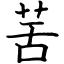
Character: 䒷